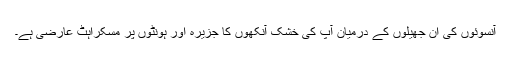
آنسوئوں کی ان جھیلوں کے درمیان آپ کی خشک آنکھوں کا جزیرہ اور ہونٹوں پر مسکراہٹ عارضی ہے۔